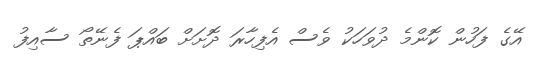
އޭގެ ފަހުން ކޮންމެ ދުވަހަކު ވެސް އެފިހާރަ ދޮށަށް ބައްޕަ ފެނޭތޯ ސާއިފު